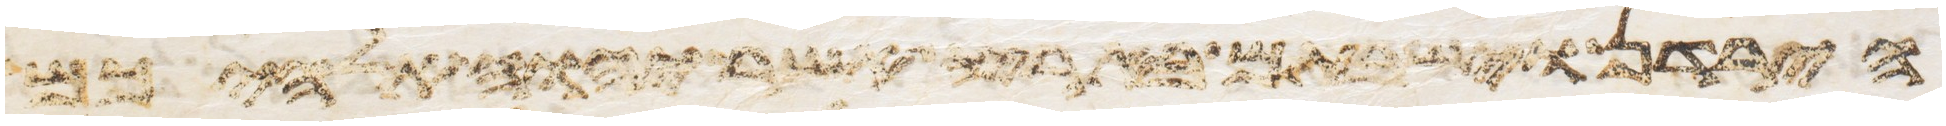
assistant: הירדן וישבתם בארץ אשר יהוה אלהיכם